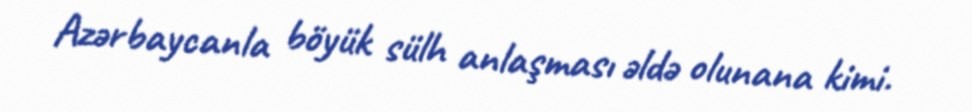
Azərbaycanla böyük sülh anlaşması əldə olunana kimi.